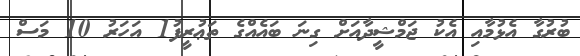
ބުރުގާ އެޅުމާއި އެކު ޖަމްޝީދާއަށް ގިނަ ބައެއްގެ ތަޢުރީފު1 އަހަރު 10 މަސް